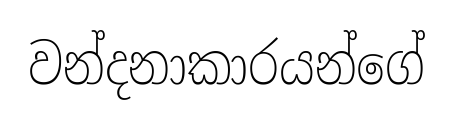
වන්දනාකාරයන්ගේ